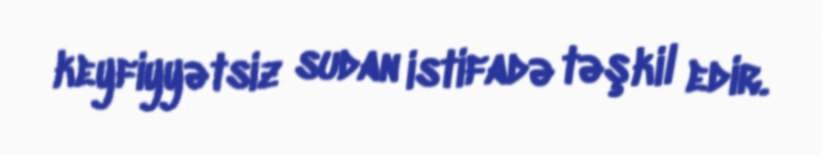
keyfiyyətsiz sudan istifadə təşkil edir.